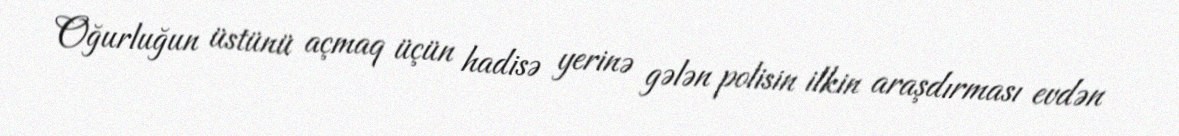
Oğurluğun üstünü açmaq üçün hadisə yerinə gələn polisin ilkin araşdırması evdən